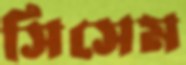
সিসেম